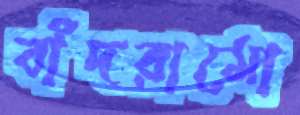
বাঁদরামো